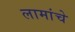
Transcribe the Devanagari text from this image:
लामांचे